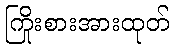
ကြိုးစားအားထုတ်